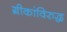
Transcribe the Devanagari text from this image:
ग्रीकांविरुद्ध